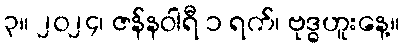
၃။ ၂၀၂၄၊ ဇန်နဝါရီ ၁ ရက်၊ ဗုဒ္ဓဟူးနေ့။